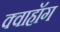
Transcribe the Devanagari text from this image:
क्वाहॉग